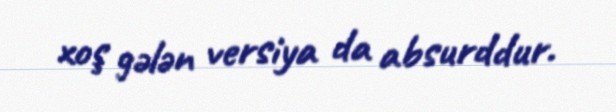
xoş gələn versiya da absurddur.